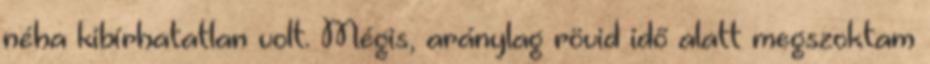
néha kibírhatatlan volt. Mégis, aránylag rövid idő alatt megszoktam